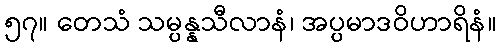
၅၇။ တေသံ သမ္ပန္နသီလာနံ၊ အပ္ပမာဒဝိဟာရိနံ။